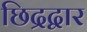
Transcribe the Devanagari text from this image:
छिद्रद्वार